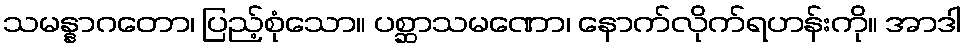
သမန္နာဂတော၊ ပြည့်စုံသော။ ပစ္ဆာသမဏော၊ နောက်လိုက်ရဟန်းကို။ အာဒါ